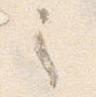
之